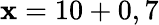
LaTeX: \mathbf{x}=10+0,7